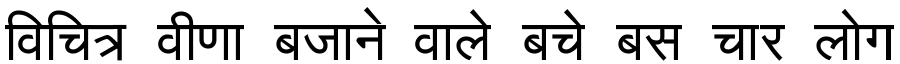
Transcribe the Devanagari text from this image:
विचित्र वीणा बजाने वाले बचे बस चार लोग